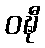
ဝဍ္ဎီ